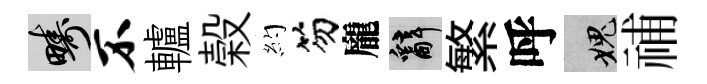
疇不轤榖約笏龐辭繁呼愧𥙷